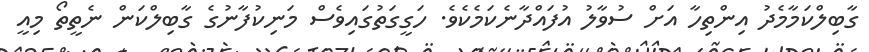
ގާބިލްކަމާމެދު އިންތިހާ އަށް ސުވާލު އުފައްދާނެކަމެކެވެ. ހަގީގަތުގައިވެސް މަނިކުފާނުގެ ގާބިލްކަން ނެތީތޯ މިއީ